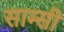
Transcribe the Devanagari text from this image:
साम्सी